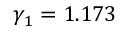
\gamma _ { 1 } = 1 . 1 7 3